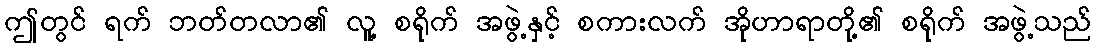
ဤတွင် ရက် ဘတ်တလာ၏ လူ့ စရိုက် အဖွဲ့နှင့် စကားလက် အိုဟာရာတို့၏ စရိုက် အဖွဲ့သည်